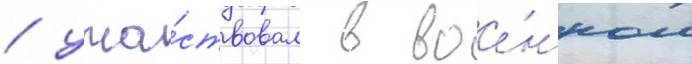
/ уча́ствовал в вое́нном